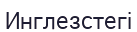
Инглезстегі